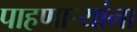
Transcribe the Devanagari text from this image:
पाहणाऱ्यांना